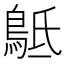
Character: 𪀍